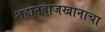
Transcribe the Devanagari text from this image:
शहानवाजखानाचा